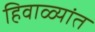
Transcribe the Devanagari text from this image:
हिवाळ्यांत